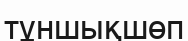
тұншықшөп